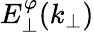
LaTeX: E_{\perp}^{\varphi}(k_{\perp})